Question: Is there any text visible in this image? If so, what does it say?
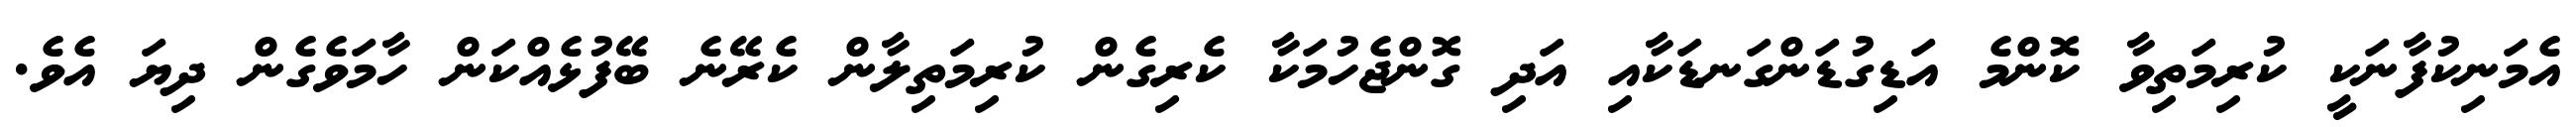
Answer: އެމަނިކުފާނަކީ ކުރިމަތިވާ ކޮންމެ އަޑިގުޑަންގަނޑަކާއި އަދި ގޮންޖެހުމަކާ ކެރިގެން ކުރިމަތިލާން ކެރޭނެ ބޭފުޅެއްކަން ހާމަވެގެން ދިޔަ އެވެ.